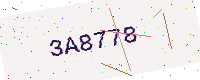
Text: 3A8778